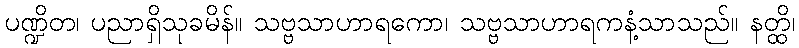
ပဏ္ဍိတ၊ ပညာရှိသုခမိန်။ သဗ္ဗသာဟာရကော၊ သဗ္ဗသာဟာရကနံ့သာသည်။ နတ္ထိ၊